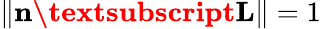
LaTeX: \| \textbf{n\textsubscript{L}}\| =1